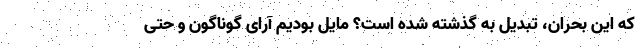
که این بحران، تبدیل به گذشته شده است؟ مایل بودیم آرای گوناگون و حتی